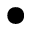
\bullet